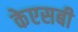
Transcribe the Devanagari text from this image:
केएसबी